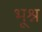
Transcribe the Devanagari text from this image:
भूश्न